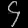
Digit: ၄